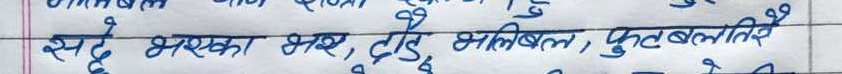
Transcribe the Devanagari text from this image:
सदेह भएका भर, दौड, भलिबल, फुटबलतिरै